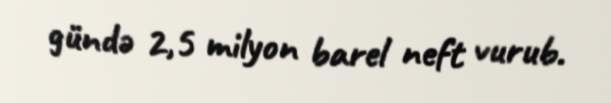
gündə 2,5 milyon barel neft vurub.